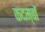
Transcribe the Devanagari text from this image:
कदम्बों